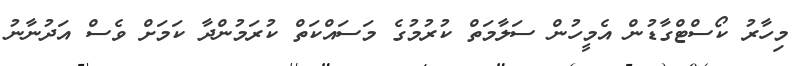
މިހާރު ކޯސްޓްގާޑުން އެމީހުން ސަލާމަތް ކުރުމުގެ މަސައްކަތް ކުރަމުންދާ ކަމަށް ވެސް އަދުނާނު